Civil Veterinary Department. Madras. Admin. report 1926-33 - 1926-1933
Year: 1926
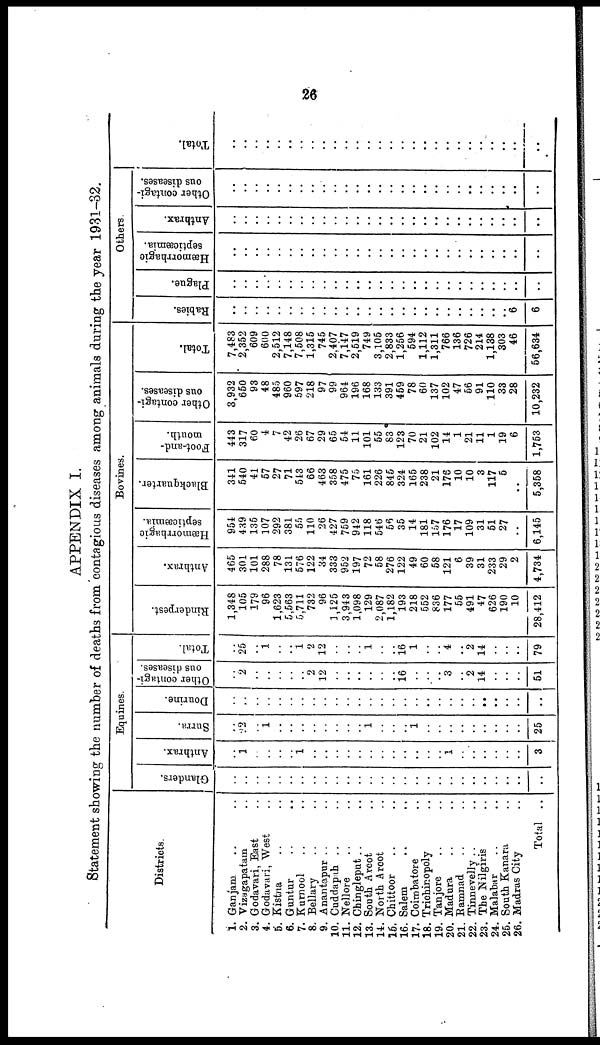
26
APPENDIX I.
Statement showing the number of deaths from contagious diseases among animals during the year 1931-32.
Districts.
1. Ganjam .. ..
2. Vizagapatam ..
3. Godavari, East ..
4. Godavari, West ..
5. Kistna .. ..
6. Guntur .. ..
7. Kurnool .. ..
8. Bellary .. ..
9. Anantapur .. ..
10. Cuddapth ..
11. Nellore .. ..
12. Chingleput .. ..
13. South Arcot ..
14. North Arcot ..
15. Chittorr .. ..
16. Salem .. ..
17. Coimbatore .. ..
18. Trichinopoly .. ..
19. Tanjore .. ..
20. Madura .. ..
21. Ramnad .. ..
22. Tinnevelly ..
23. The Nilgiris ..
24. Malabar ..
25. South Kanara ..
26. Madras City ..
Total ..
Equines.
Glanders.
..
..
..
..
..
..
..
..
..
..
..
..
..
..
..
..
..
..
..
..
..
..
..
..
..
..
..
Anthrax.
..
1
..
..
..
..
1
..
..
..
..
..
..
..
..
..
..
..
..
1
..
..
..
..
..
..
3
Surra.
..
22
..
1
..
..
..
..
..
..
..
..
1
..
..
..
1
..
..
..
..
..
..
..
..
..
25
Dourine.
..
..
..
..
..
..
..
..
..
..
..
..
..
..
..
..
..
..
..
..
..
..
..
..
..
..
..
Other contagi-
ous diseases.
..
2
..
..
..
..
..
2
12
..
..
..
..
..
..
16
..
..
..
3
..
2
14
..
..
..
51
Total.
..
25
..
1
..
..
1
2
12
..
..
..
1
..
..
16
1
..
..
4
..
2
14
..
..
..
79
Bovines.
Rinderpest.
1,348
105
179
96
1,623
5,563
0,711
732
96
1,125
3,943
1,098
129
2,087
1,182
193
218
552
836
177
55
491
47
626
190
10
28,412
Anthrax.
465
301
101
288
78
131
576
122
34
333
952
197
72
58
276
122
49
60
58
121
6
39
31
233
29
2
4,734
Hæmorrhagic
septicæmia.
954
439
135
107
292
381
55
110
26
427
759
942
118
546
56
35
14
181
147
176
17
109
31
51
27
6,145
Blackquarter.
341
540
41
57
27
71
513
66
463
358
475
75
161
226
845
324
165
238
21
17S
10
10
3
117
5
..
5,358
Foot-and-
mouth.
443
317
60
4
7
42
26
67
29
65
54
11
101
55
83
123
70
21
102
14
1
21
11
1
19
6
1,753
Other contagi-
ous diseases.
3,932
650
93
48
485
960
597
218
97
99
964
196
168
133
391
459
78
60
137
102
47
56
91
110
33
28
10,232
Tot al .
7,483
2,352
609
600
2,512
7,148
7,508
1,315
745
2,407
7,147
2,519
749
3,105
2,833
1,256
594
1,112
1,311
766
136
726
214
1,138
303
46
56,634
Others
Rabi es .
..
..
..
..
..
..
..
..
..
..
..
..
..
..
..
..
..
..
..
..
..
..
..
..
..
6
6
Plague.
..
..
..
..
..
..
..
..
..
..
..
..
..
..
..
..
..
..
..
..
..
..
..
..
..
..
..
Hæmorrhagic
septicaemia.
..
..
..
..
..
..
..
..
..
..
..
..
..
..
..
..
..
..
..
..
..
..
..
..
..
..
..
Anthrax.
..
..
..
..
..
..
..
..
..
..
..
..
..
..
..
..
..
..
..
..
..
..
..
..
..
..
..
Other contagi-
ous diseases.
..
..
..
..
..
..
..
..
..
..
..
..
..
..
..
..
..
..
..
..
..
..
..
..
..
..
..
Tot al .
..
..
..
..
..
..
..
..
..
..
..
..
..
..
..
..
..
..
..
..
..
..
..
..
..
..
..